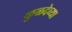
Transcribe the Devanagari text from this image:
कुळदेव्या